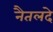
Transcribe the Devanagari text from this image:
नैतलदे